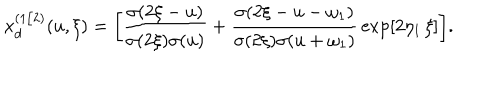
x _ { d } ^ { ( 1 / 2 ) } ( u , \xi ) = \biggl [ { \frac { \sigma ( 2 \xi - u ) } { \sigma ( 2 \xi ) \sigma ( u ) } } + { \frac { \sigma ( 2 \xi - u - \omega _ { 1 } ) } { \sigma ( 2 \xi ) \sigma ( u + \omega _ { 1 } ) } } \exp [ 2 \eta _ { 1 } \, \xi ] \biggr ] .